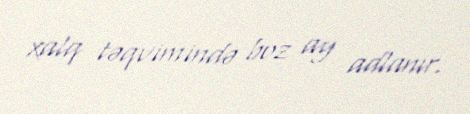
xalq təqvimində boz ay adlanır.